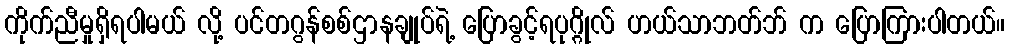
ကိုက်ညီမှုရှိရပါမယ် လို့ ပင်တဂွန်စစ်ဌာနချုပ်ရဲ့ ပြောခွင့်ရပုဂ္ဂိုလ် ဟယ်သာဘတ်ဘ် က ပြောကြားပါတယ်။